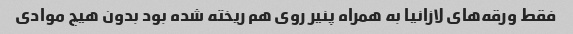
فقط ورقه‌های لازانیا به همراه پنیر روی هم ریخته شده بود بدون هیچ موادی